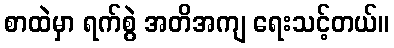
စာထဲမှာ ရက်စွဲ အတိအကျ ရေးသင့်တယ်။